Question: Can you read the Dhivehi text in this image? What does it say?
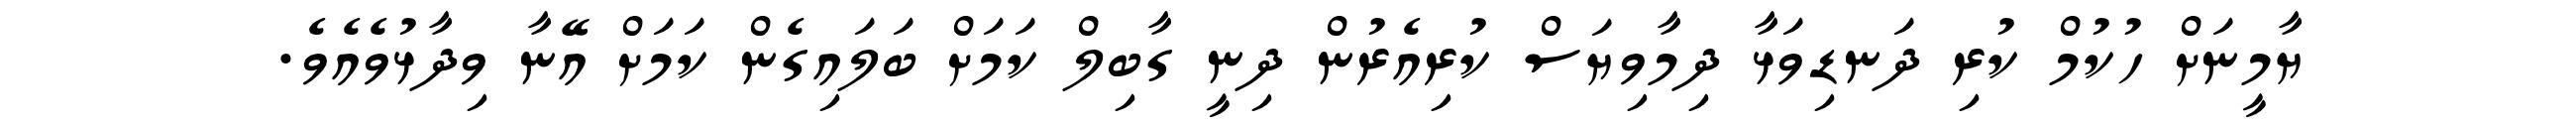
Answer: ޔާމީނަށް ހުކުމް ކުރި ދަނޑިވަޅާ ދިމާވިޔަސް ކުރިއެރުން ދިނީ ގާބިލް ކަމަށް ބަލައިގެން ކަމަށް އޭނާ ވިދާޅުވެއެވެ.